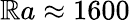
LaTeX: {\mathbb{R}a\approx1600}